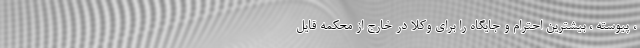
، پیوسته ، بیشترین احترام و جایگاه را برای وکلا در خارج از محکمه قایل